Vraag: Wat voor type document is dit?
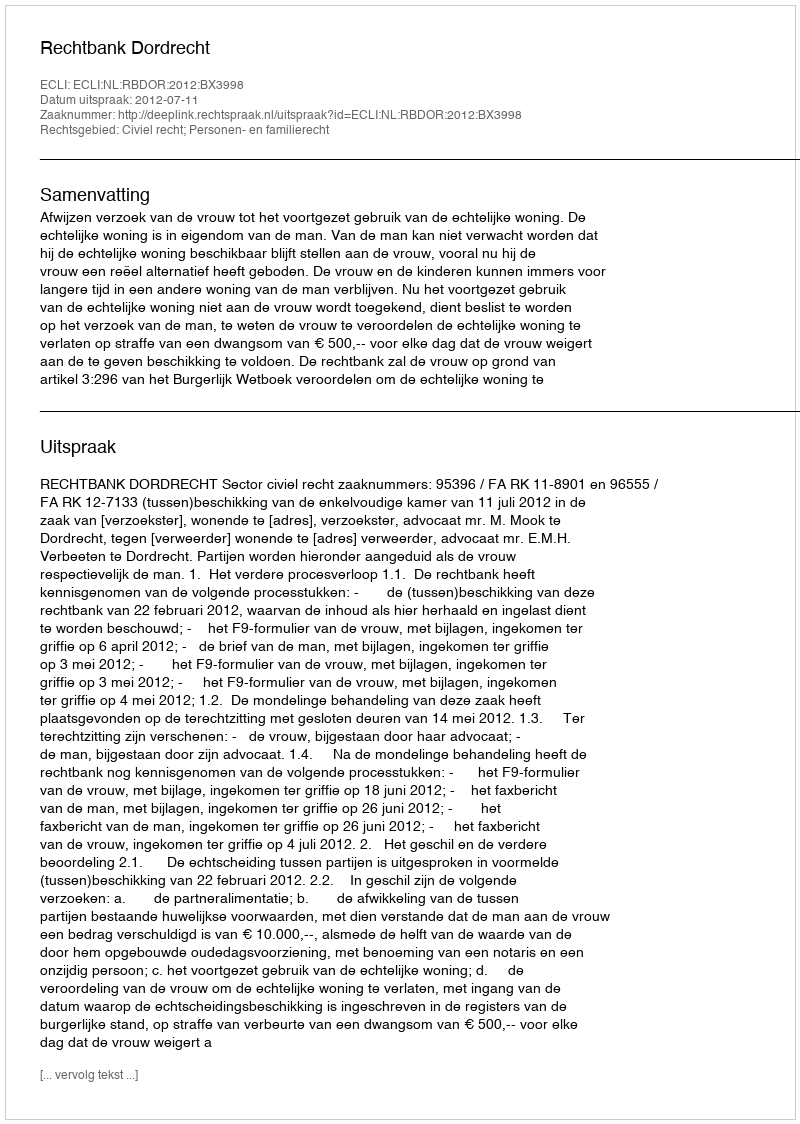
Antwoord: Uitspraak